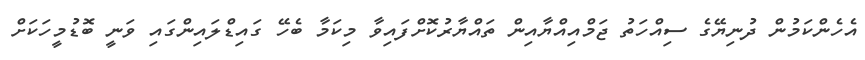
އެހެންކަމުން ދުނިޔޭގެ ސިއްހަތު ޖަމްއިއްޔާއިން ތައްޔާރުކޮށްފައިވާ މިކަމާ ބެހޭ ގައިޑްލައިންގައި ވަނީ ބޮޑުމީހަކަށް